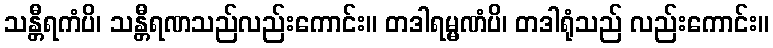
သန္တီရကံပိ၊ သန္တီရဏသည်လည်းကောင်း။ တဒါရမ္မဏံပိ၊ တဒါရုံသည် လည်းကောင်း။